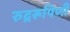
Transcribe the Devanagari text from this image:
रुद्ररूपिणी